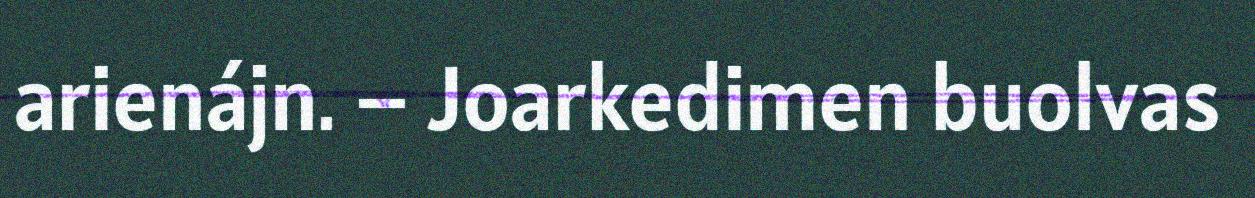
arienájn. – Joarkedimen buolvas